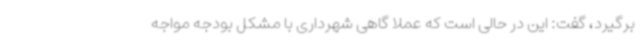
برگیرد، گفت: این در حالی است که عملاً گاهی شهرداری با مشکل بودجه مواجه